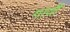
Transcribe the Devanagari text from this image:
गावौं